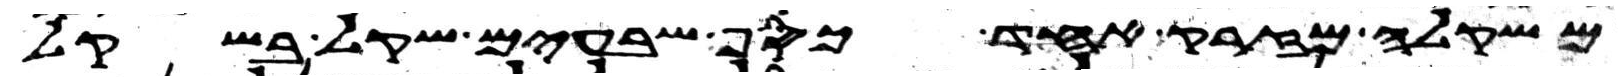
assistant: משקלה מזרק אחד כסף שבעים שקל בשקל